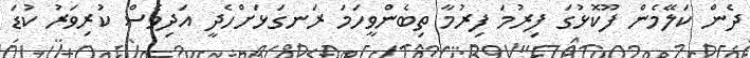
ދެން ކަލޭމެން ފޫކޮޅުގަ ފިރުމަ ފިރުމާ ތިބެންވީހަމަ ރަނގަޅަށްހެދީ އަދިވެސް ކުރިވަރު ކުޑަ